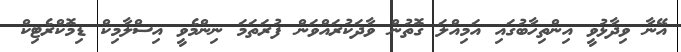
އޭނާ ވިދާޅުވީ އިންތިހާބުގައި އަމިއްލަ ގޮތުން ވާދަކުރައްވަން ފުރަތަމަ ނިންމެވީ އިސްލާމިކް ޑިމޮކްރެޓިކް